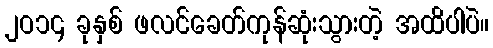
၂ဝ၁၄ ခုနှစ် ဖလင်ခေတ်ကုန်ဆုံးသွားတဲ့ အထိပါပဲ။